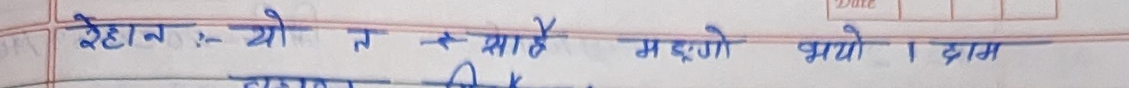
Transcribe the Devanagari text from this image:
रेहान यो २ स साथै मझलो भयो । दाम